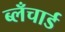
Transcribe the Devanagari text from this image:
ब्लँचार्ड